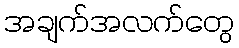
အချက်အလက်တွေ